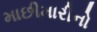
માછીમારીનો